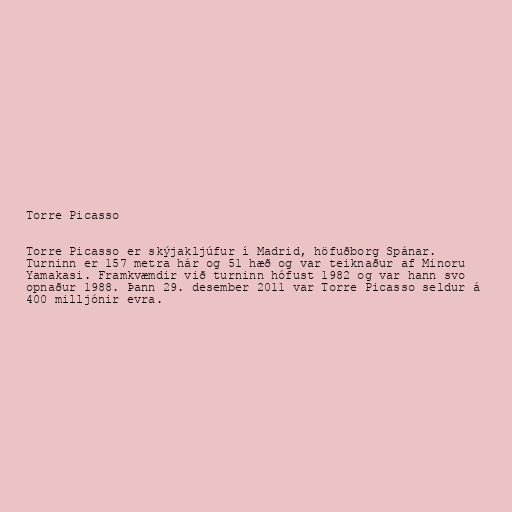
Torre Picasso

Torre Picasso er skýjakljúfur í Madrid, höfuðborg Spánar.
Turninn er 157 metra hár og 51 hæð og var teiknaður af Minoru
Yamakasi. Framkvæmdir við turninn hófust 1982 og var hann svo
opnaður 1988. Þann 29. desember 2011 var Torre Picasso seldur á
400 milljónir evra.